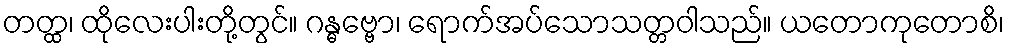
တတ္ထ၊ ထိုလေးပါးတို့တွင်။ ဂန္ဓဗ္ဗော၊ ရောက်အပ်သောသတ္တဝါသည်။ ယတောကုတောစိ၊